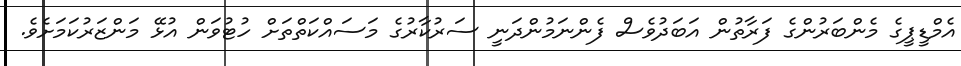
އެމްޑީޕީގެ މެންބަރުންގެ ފަރާތުން އަބަދުވެސް ފެންނަމުންދަނީ ސަރުކާރުގެ މަސައްކަތްތަށް ހުޓުވަން އުޅޭ މަންޒަރުކަމަށެވެ.